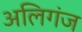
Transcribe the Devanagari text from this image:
अलिगंज